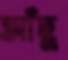
আঁছু